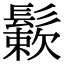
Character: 𩮶